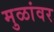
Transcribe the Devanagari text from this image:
मुळांवर